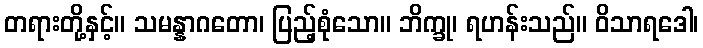
တရားတို့နှင့်။ သမန္နာဂတော၊ ပြည့်စုံသော။ ဘိက္ခု၊ ရဟန်းသည်။ ဝိသာရဒေါ၊